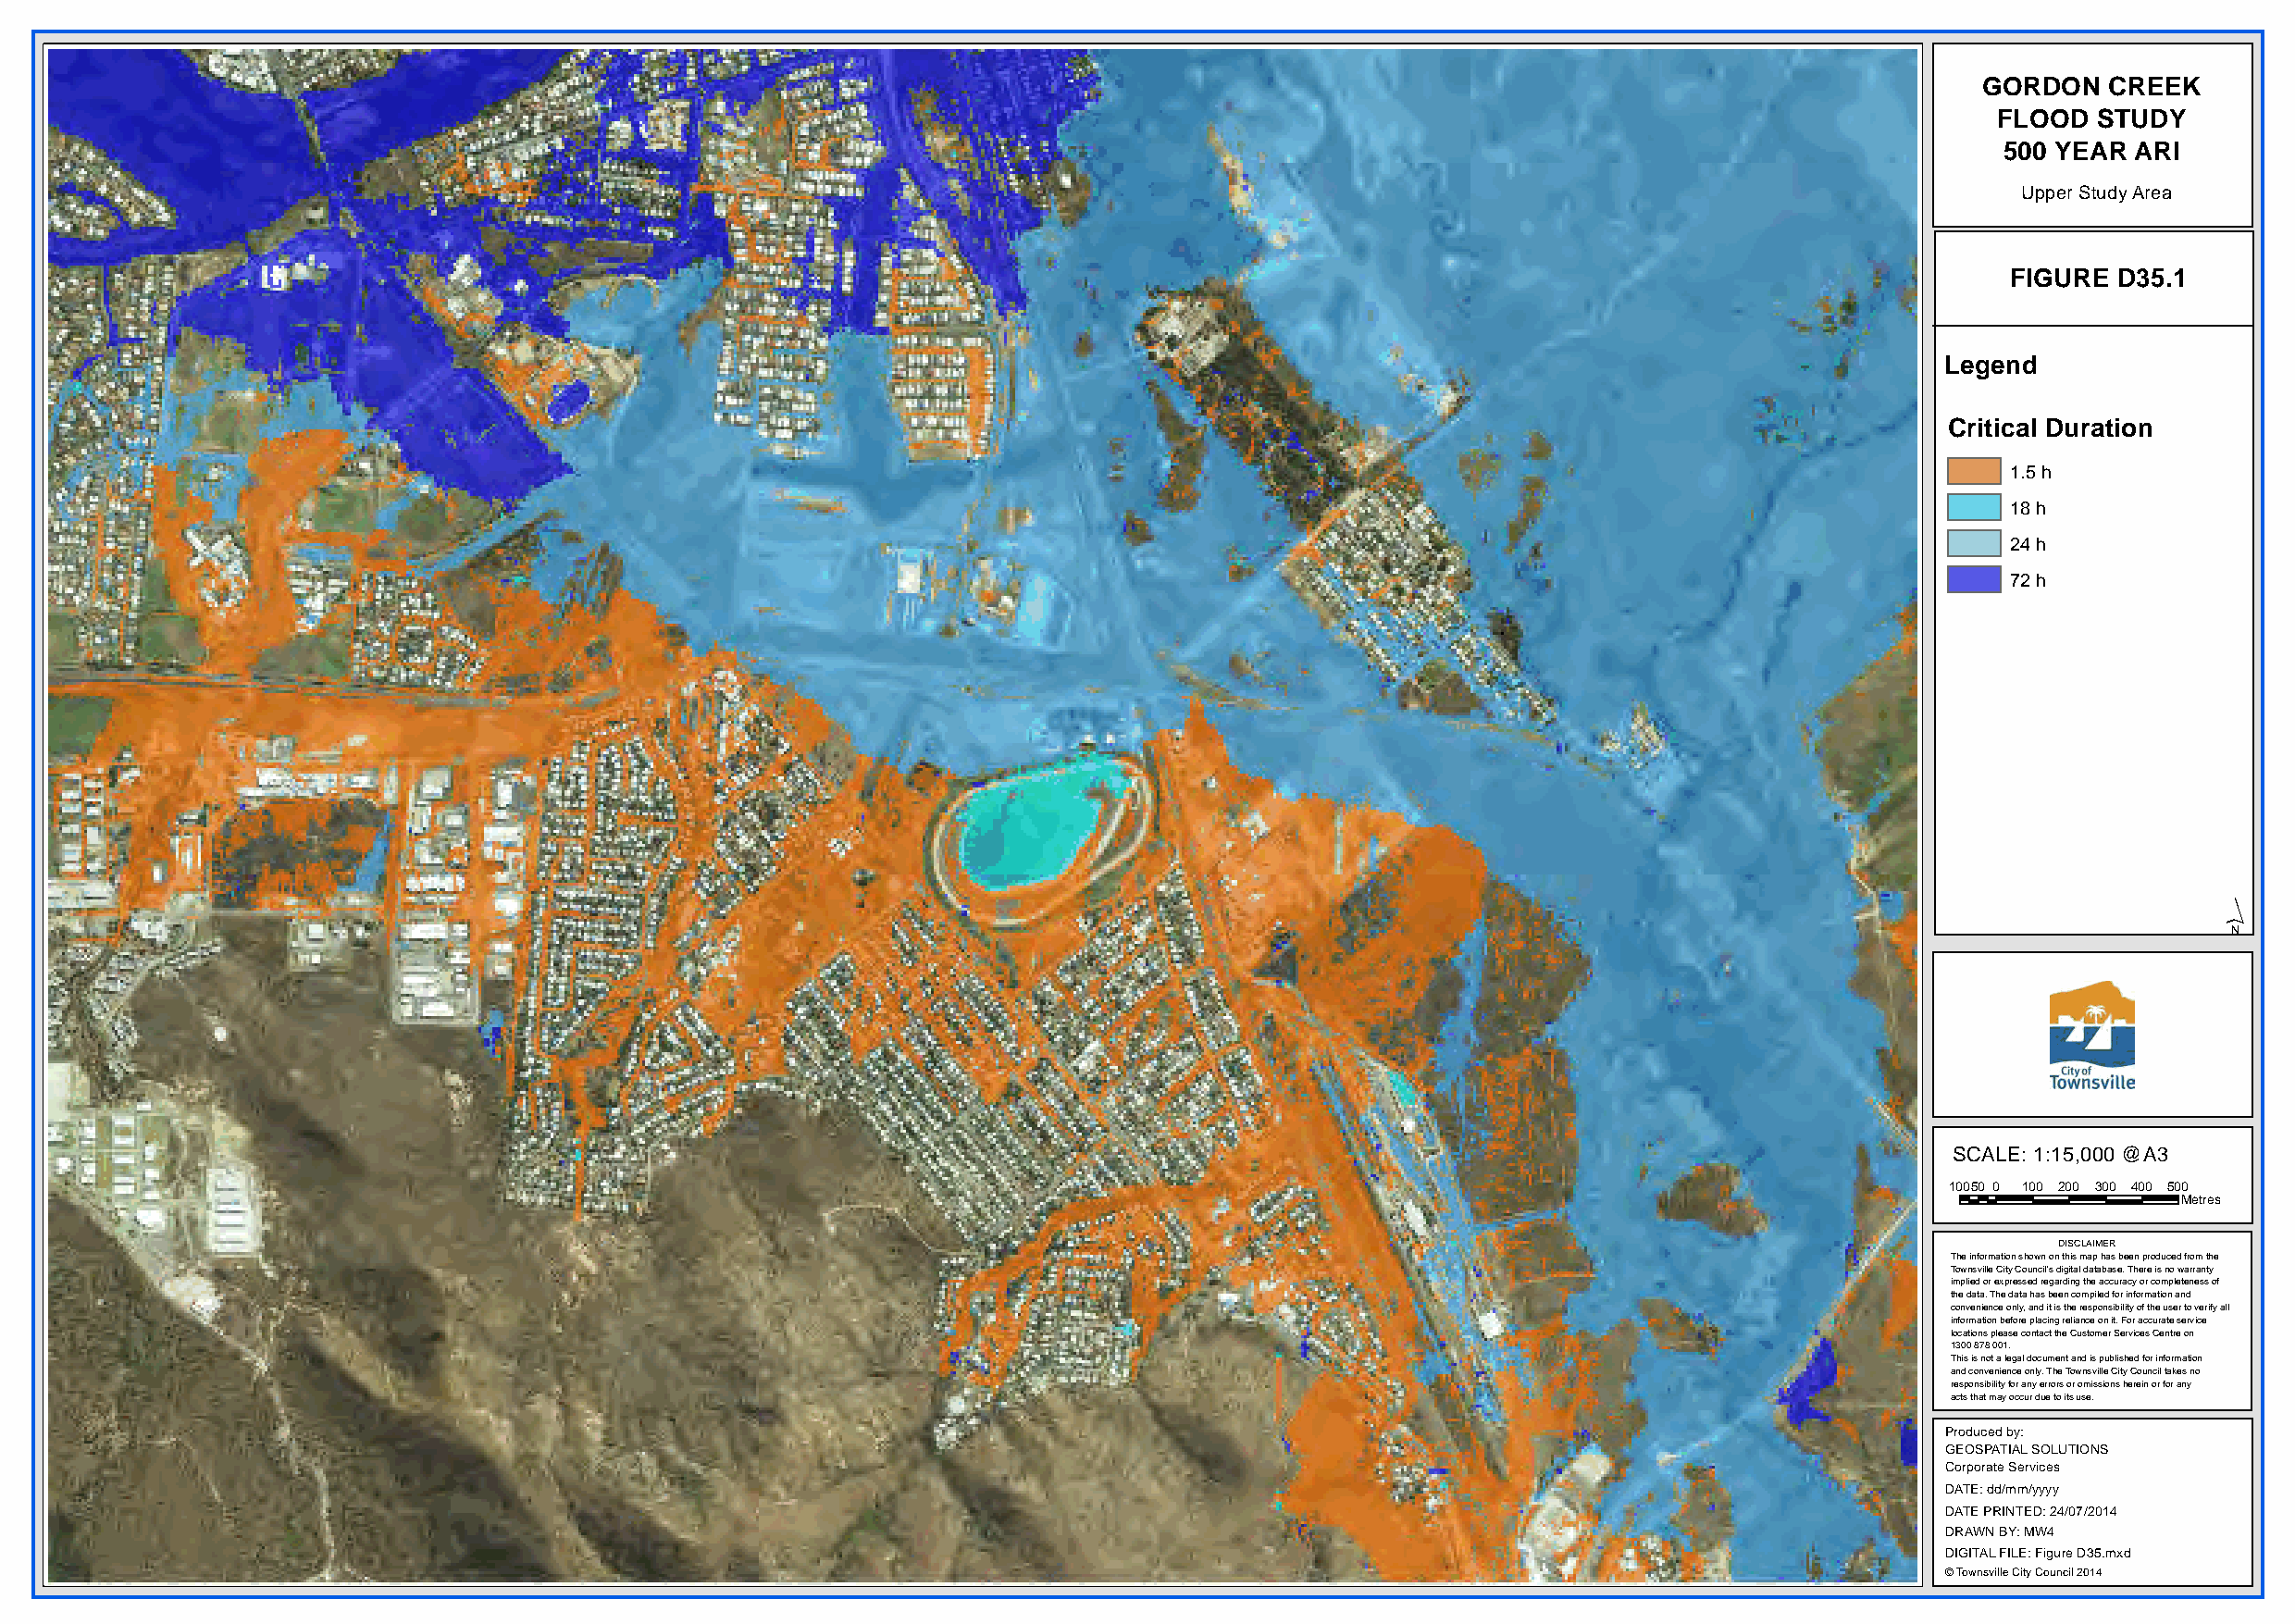
GORDON   CREEK
 FLOOD  STUDY
 500 YEAR  ARI
 Upper Study Area
 FIGURE D35.1
 Legend
 Critical Duration
 1.5 h
 18 h
 24 h
 72 h
 ´
 SCALE: 1:15,000 @A3
 10050 0 100 200 300 400 500
 Metres
 DISCLAIMER
 The information shown on this map has been produced from the
 Townsville City Council's digital database. There is no warranty
 implied or expressed regarding the accuracy or completeness of
 the data. The data has been compiled for information and
 convenience only, and it is the responsibility of the user to verify all
 information before placing reliance on it. For accurate service
 locations please contact the Customer Services Centre on
 1300 878 001.
 This is not a legal document and is published for information
 and convenience only. The Townsville City Council takes no
 responsibility for any errors or omissions herein or for any
 acts that may occur due to its use.
 Produced by:
 GEOSPATIAL SOLUTIONS
 Corporate Services
 DATE: dd/mm/yyyy
 DATE PRINTED: 24/07/2014
 DRAWN BY: MW4
 DIGITAL FILE: Figure D35.mxd
 © Townsville City Council 2014